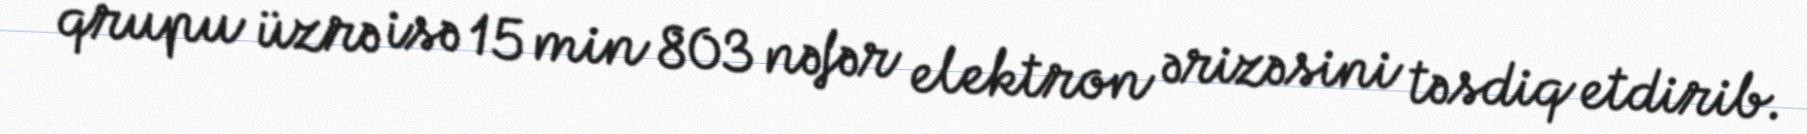
qrupu üzrə isə 15 min 803 nəfər elektron ərizəsini təsdiq etdirib.